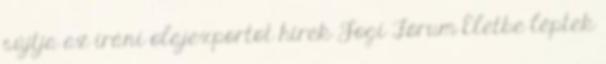
sújtja az iráni olajexportot hírek Jogi Fórum Életbe léptek